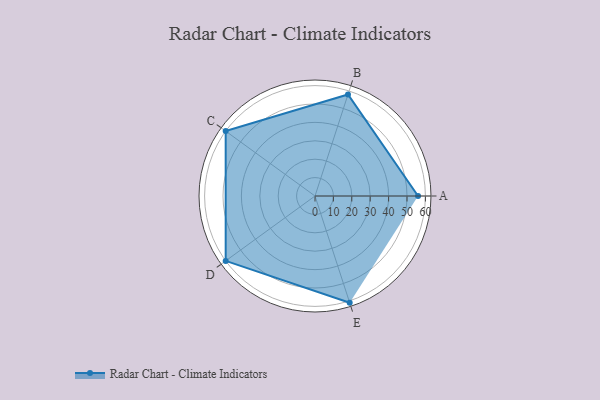
{"axis": {"x": "Skill", "y": "Score"}, "legend": ["Profile"], "data": [{"x": "A", "y": 56.0, "type": "Profile"}, {"x": "B", "y": 58.0, "type": "Profile"}, {"x": "C", "y": 60.0, "type": "Profile"}, {"x": "D", "y": 60.0, "type": "Profile"}, {"x": "E", "y": 61.0, "type": "Profile"}]}